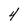
Character: 4